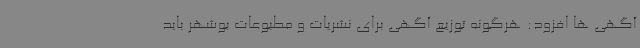
آگهی ها افزود: هرگونه توزیع آگهی برای نشریات و مطبوعات بوشهر باید